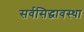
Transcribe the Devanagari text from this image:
सर्वसिद्धावस्था